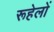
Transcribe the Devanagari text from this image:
रूहेलों